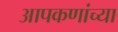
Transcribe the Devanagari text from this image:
आपकणांच्या